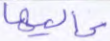
عاليها